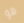
هو